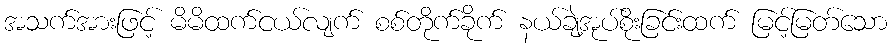
အသက်အားဖြင့် မိမိထက်ငယ်လျက် စစ်တိုက်ခိုက် နယ်ချဲ့အုပ်စိုးခြင်းထက် မြင့်မြတ်သော